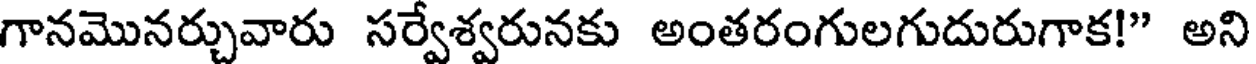
గానమొనర్చువారు సర్వేశ్వరునకు అంతరంగులగుదురుగాక!" అని